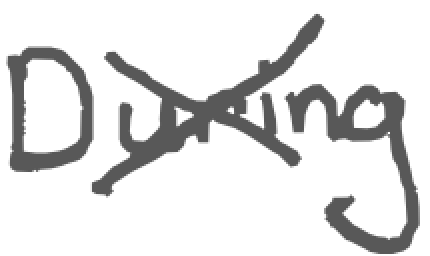
Text: During
Cross-out: mix
Writing tool: digital_gray